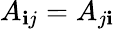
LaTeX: A_{\mathbf{i}j}=A_{j\mathbf{i}}